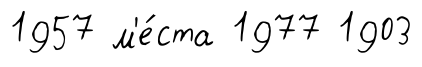
1957 м'е́ста 1977 1903